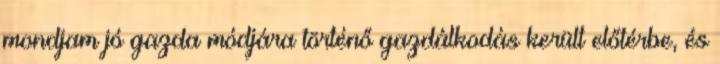
mondjam jó gazda módjára történő gazdálkodás került előtérbe, és